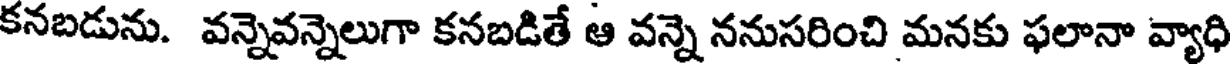
కనబడును. వన్నెవన్నెలుగా కనబడితే ఆ వన్నె ననుసరించి మనకు ఫలానా వ్యాధి